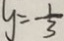
y = - \frac { 1 } { 3 }